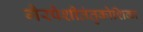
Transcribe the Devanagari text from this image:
गैरपेशीतंतुकोशिका